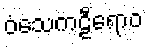
ဝံသေကဠီရောဝ